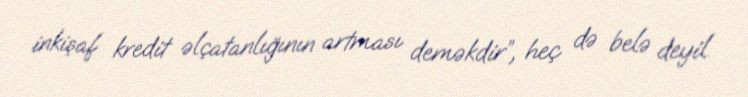
inkişaf kredit əlçatanlığının artması deməkdir”, heç də belə deyil.